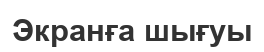
Экранға шығуы